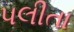
પલીતા